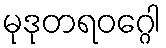
မုဒုတရဝဂ္ဂေါ